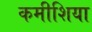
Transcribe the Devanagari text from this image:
कमीशिया